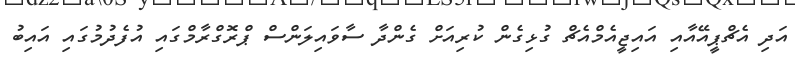
އަދި އެޗްޕީއޭއާއި އައިޖީއެމްއެޗް ގުޅިގެން ކުރިއަށް ގެންދާ ސާވައިލަންސް ޕްރޮގްރާމްގައި އުފެދުމުގައި އައިބު